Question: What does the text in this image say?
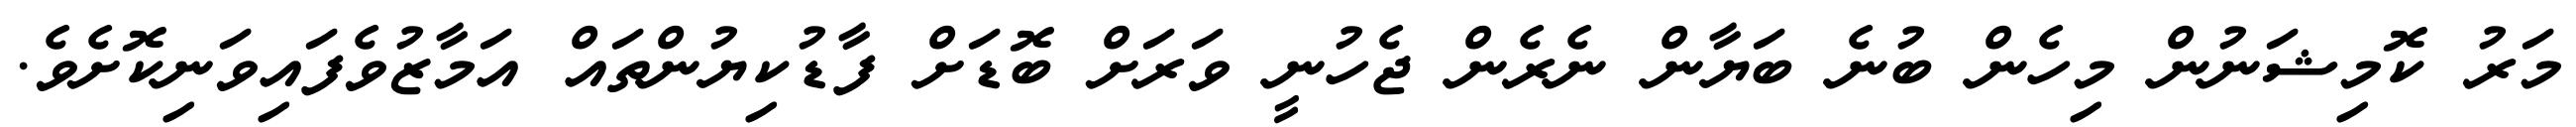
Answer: މަރު ކޮމިޝަނުން މިހެން ބުނެ ބަޔާން ނެރެން ޖެހުނީ ވަރަށް ބޮޑަށް ފާޑުކިޔުންތައް އަމާޒުވެފައިވަނިކޮށެވެ.